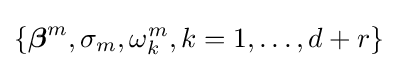
\left\{{\boldsymbol {\beta }}^{m},\sigma _{m},\omega _{k}^{m},k=1,\ldots ,d+r\right\}